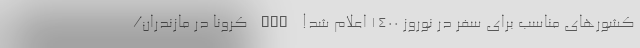
کشورهای مناسب برای سفر در نوروز 1400 اعلام شد! nan کرونا در مازندران/